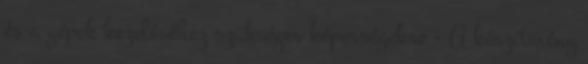
és a gépek kezeléséhez szükséges képességekre - A készítmény